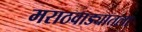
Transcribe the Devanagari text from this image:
मराठवाड्यातला